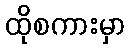
ထိုစကားမှာ